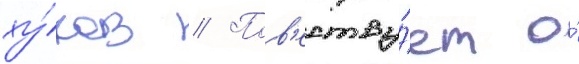
ху́ков // Пов'еству́ет о́